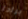
برادا